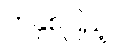
တနှစ်ပြည့်